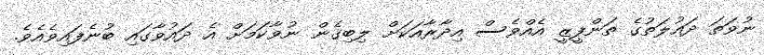
ނުވަތަ ދައުލަތުގެ ތަންފީޒީ އެއްވެސް އިދާރާއަކަށް ލިބިގެން ނުވާކަމަށް އެ ދައުވާގައި ބުނެފައިވެއެވެ.